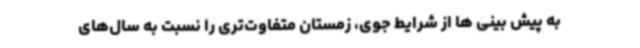
به پیش بینی ها از شرایط جوی، زمستان متفاوت‌تری را نسبت به سال‌های